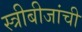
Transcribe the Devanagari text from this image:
स्त्रीबीजांची